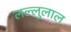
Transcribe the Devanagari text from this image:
लल्लुलाल